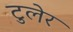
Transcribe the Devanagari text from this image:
टुलेर